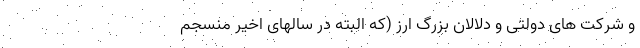
و شرکت های دولتی و دلالان بزرگ ارز (که البته در سالهای اخیر منسجم